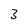
Character: 3